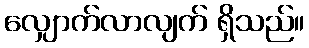
လျှောက်လာလျက် ရှိသည်။